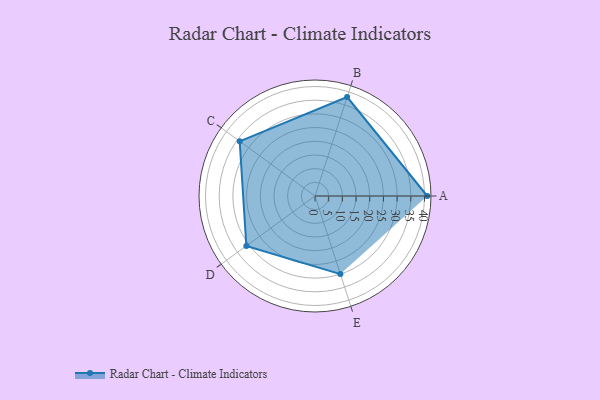
{"axis": {"x": "Skill", "y": "Score"}, "legend": ["Profile"], "data": [{"x": "A", "y": 41.0, "type": "Profile"}, {"x": "B", "y": 38.0, "type": "Profile"}, {"x": "C", "y": 34.0, "type": "Profile"}, {"x": "D", "y": 31.0, "type": "Profile"}, {"x": "E", "y": 30.0, "type": "Profile"}]}